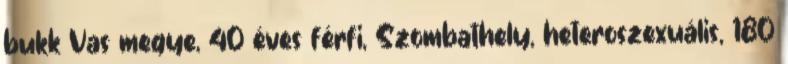
bukk Vas megye, 40 éves férfi, Szombathely, heteroszexuális, 180